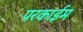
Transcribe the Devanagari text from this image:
परकाईम